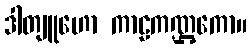
ဒါတျူဟော ကာဠကဏ္ဌကော။